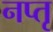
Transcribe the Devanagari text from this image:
नप्तृ